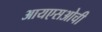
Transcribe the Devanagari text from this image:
आयएसओची